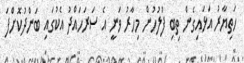
ހަތިޔާރު އަޅައިގެން ތިބި ފުލުހުން މިހާރު ވަނީ އެ ސަރަހައްދު އެކުގައި ބަންދުކޮށްފަ